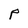
Character: P